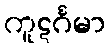
ကူဋင်္ဂမာ